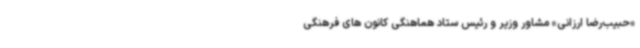
«حبیب‌رضا ارزانی» مشاور وزیر و رئیس ستاد هماهنگی کانون های فرهنگی